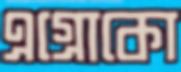
এগ্রোকো